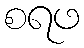
စရဖ